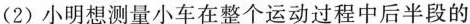
(2)小明想测量小车在整个运动过程中后半段的